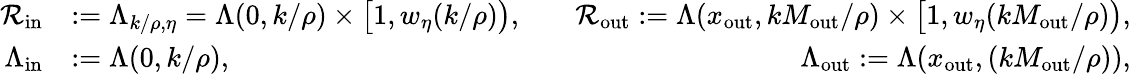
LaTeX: \begin{array}{rlr}{{\mathcal R}_{\mathrm{in}}}&{:=\Lambda_{k/\rho,\eta}=\Lambda(0,k/\rho)\times\big[1,w_{\eta}(k/\rho)\big),\quad}&{{\mathcal R}_{\mathrm{out}}:=\Lambda(x_{\mathrm{out}},kM_{\mathrm{out}}/\rho)\times\big[1,w_{\eta}(kM_{\mathrm{out}}/\rho)\big),}\\ {\Lambda_{\mathrm{in}}}&{:=\Lambda(0,k/\rho),\qquad\qquad}&{\Lambda_{\mathrm{out}}:=\Lambda(x_{\mathrm{out}},(kM_{\mathrm{out}}/\rho)),}\end{array}